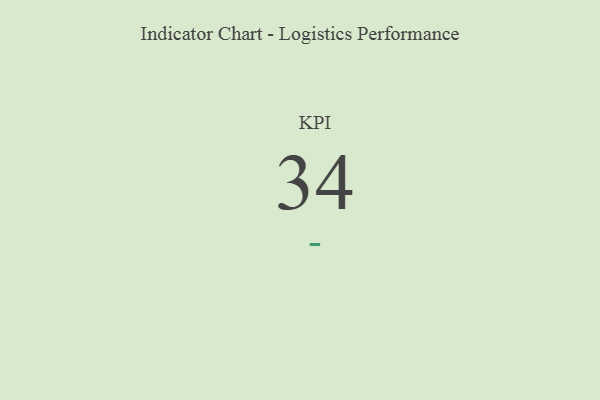
{"axis": {"x": "KPI", "y": "Value"}, "legend": [""], "data": [{"x": "KPI", "y": 34, "type": ""}]}